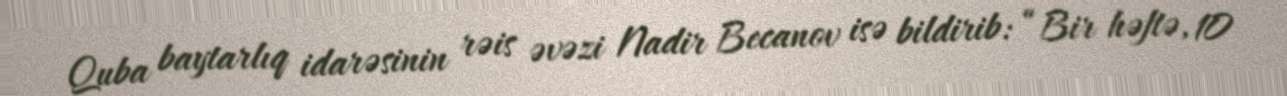
Quba baytarlıq idarəsinin rəis əvəzi Nadir Becanov isə bildirib: “Bir həftə, 10